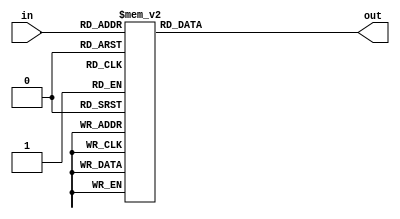
`timescale 1ns / 1ps
//////////////////////////////////////////////////////////////////////////////////
// Company: 
// Engineer: 
// 
// Design Name: 
// Module Name: mul2_lut
// Project Name: 
// Target Devices: 
// Tool Versions: 
// Description: 
// 
// Dependencies: 
// 
// Revision:
// Revision 0.01 - File Created
// Additional Comments:
// 
//////////////////////////////////////////////////////////////////////////////////

`timescale 1ns / 1ps

module mul3_lut(in,out);
    
input  [7:0] in;
output [7:0] out;
    
reg [7:0] out;
    
    
   always @(in)
    case (in)
        8'h0: out=8'h0;
        8'h1: out=8'h3;
        8'h2: out=8'h6;
        8'h3: out=8'h5;
        8'h4: out=8'h0c;
        8'h5: out=8'h0f;
        8'h6: out=8'h0a;
        8'h7: out=8'h9;
        8'h8: out=8'h18;
        8'h9: out=8'h1b;
        8'hA: out=8'h1e;
        8'hB: out=8'h1d;
        8'hC: out=8'h14;
        8'hD: out=8'h17;
        8'hE: out=8'h12;
        8'hF: out=8'h11;
        8'h10: out=8'h30;
        8'h11: out=8'h33;
        8'h12: out=8'h36;
        8'h13: out=8'h35;
        8'h14: out=8'h3c;
        8'h15: out=8'h3f;
        8'h16: out=8'h3a;
        8'h17: out=8'h39;
        8'h18: out=8'h28;
        8'h19: out=8'h2b;
        8'h1A: out=8'h2e;
        8'h1B: out=8'h2d;
        8'h1C: out=8'h24;
        8'h1D: out=8'h27;
        8'h1E: out=8'h22;
        8'h1F: out=8'h21;
        8'h20: out=8'h60;
        8'h21: out=8'h63;
        8'h22: out=8'h66;
        8'h23: out=8'h65;
        8'h24: out=8'h6c;
        8'h25: out=8'h6f;
        8'h26: out=8'h6a;
        8'h27: out=8'h69;
        8'h28: out=8'h78;
        8'h29: out=8'h7b;
        8'h2A: out=8'h7e;
        8'h2B: out=8'h7d;
        8'h2C: out=8'h74;
        8'h2D: out=8'h77;
        8'h2E: out=8'h72;
        8'h2F: out=8'h71;
        8'h30: out=8'h50;
        8'h31: out=8'h53;
        8'h32: out=8'h56;
        8'h33: out=8'h55;
        8'h34: out=8'h5c;
        8'h35: out=8'h5f;
        8'h36: out=8'h5a;
        8'h37: out=8'h59;
        8'h38: out=8'h48;
        8'h39: out=8'h4b;
        8'h3A: out=8'h4e;
        8'h3B: out=8'h4d;
        8'h3C: out=8'h44;
        8'h3D: out=8'h47;
        8'h3E: out=8'h42;
        8'h3F: out=8'h41;
        8'h40: out=8'hc0;
        8'h41: out=8'hc3;
        8'h42: out=8'hc6;
        8'h43: out=8'hc5;
        8'h44: out=8'hcc;
        8'h45: out=8'hcf;
        8'h46: out=8'hca;
        8'h47: out=8'hc9;
        8'h48: out=8'hd8;
        8'h49: out=8'hdb;
        8'h4A: out=8'hde;
        8'h4B: out=8'hdd;
        8'h4C: out=8'hd4;
        8'h4D: out=8'hd7;
        8'h4E: out=8'hd2;
        8'h4F: out=8'hd1;
        8'h50: out=8'hf0;
        8'h51: out=8'hf3;
        8'h52: out=8'hf6;
        8'h53: out=8'hf5;
        8'h54: out=8'hfc;
        8'h55: out=8'hff;
        8'h56: out=8'hfa;
        8'h57: out=8'hf9;
        8'h58: out=8'he8;
        8'h59: out=8'heb;
        8'h5A: out=8'hee;
        8'h5B: out=8'hed;
        8'h5C: out=8'he4;
        8'h5D: out=8'he7;
        8'h5E: out=8'he2;
        8'h5F: out=8'he1;
        8'h60: out=8'ha0;
        8'h61: out=8'ha3;
        8'h62: out=8'ha6;
        8'h63: out=8'ha5;
        8'h64: out=8'hac;
        8'h65: out=8'haf;
        8'h66: out=8'haa;
        8'h67: out=8'ha9;
        8'h68: out=8'hb8;
        8'h69: out=8'hbb;
        8'h6A: out=8'hbe;
        8'h6B: out=8'hbd;
        8'h6C: out=8'hb4;
        8'h6D: out=8'hb7;
        8'h6E: out=8'hb2;
        8'h6F: out=8'hb1;
        8'h70: out=8'h90;
        8'h71: out=8'h93;
        8'h72: out=8'h96;
        8'h73: out=8'h95;
        8'h74: out=8'h9c;
        8'h75: out=8'h9f;
        8'h76: out=8'h9a;
        8'h77: out=8'h99;
        8'h78: out=8'h88;
        8'h79: out=8'h8b;
        8'h7A: out=8'h8e;
        8'h7B: out=8'h8d;
        8'h7C: out=8'h84;
        8'h7D: out=8'h87;
        8'h7E: out=8'h82;
        8'h7F: out=8'h81;
        8'h80: out=8'h9b;
        8'h81: out=8'h98;
        8'h82: out=8'h9d;
        8'h83: out=8'h9e;
        8'h84: out=8'h97;
        8'h85: out=8'h94;
        8'h86: out=8'h91;
        8'h87: out=8'h92;
        8'h88: out=8'h83;
        8'h89: out=8'h80;
        8'h8A: out=8'h85;
        8'h8B: out=8'h86;
        8'h8C: out=8'h8f;
        8'h8D: out=8'h8c;
        8'h8E: out=8'h89;
        8'h8F: out=8'h8a;
        8'h90: out=8'hab;
        8'h91: out=8'ha8;
        8'h92: out=8'had;
        8'h93: out=8'hae;
        8'h94: out=8'ha7;
        8'h95: out=8'ha4;
        8'h96: out=8'ha1;
        8'h97: out=8'ha2;
        8'h98: out=8'hb3;
        8'h99: out=8'hb0;
        8'h9A: out=8'hb5;
        8'h9B: out=8'hb6;
        8'h9C: out=8'hbf;
        8'h9D: out=8'hbc;
        8'h9E: out=8'hb9;
        8'h9F: out=8'hba;
        8'hA0: out=8'hfb;
        8'hA1: out=8'hf8;
        8'hA2: out=8'hfd;
        8'hA3: out=8'hfe;
        8'hA4: out=8'hf7;
        8'hA5: out=8'hf4;
        8'hA6: out=8'hf1;
        8'hA7: out=8'hf2;
        8'hA8: out=8'he3;
        8'hA9: out=8'he0;
        8'hAA: out=8'he5;
        8'hAB: out=8'he6;
        8'hAC: out=8'hef;
        8'hAD: out=8'hec;
        8'hAE: out=8'he9;
        8'hAF: out=8'hea;
        8'hB0: out=8'hcb;
        8'hB1: out=8'hc8;
        8'hB2: out=8'hcd;
        8'hB3: out=8'hce;
        8'hB4: out=8'hc7;
        8'hB5: out=8'hc4;
        8'hB6: out=8'hc1;
        8'hB7: out=8'hc2;
        8'hB8: out=8'hd3;
        8'hB9: out=8'hd0;
        8'hBA: out=8'hd5;
        8'hBB: out=8'hd6;
        8'hBC: out=8'hdf;
        8'hBD: out=8'hdc;
        8'hBE: out=8'hd9;
        8'hBF: out=8'hda;
        8'hC0: out=8'h5b;
        8'hC1: out=8'h58;
        8'hC2: out=8'h5d;
        8'hC3: out=8'h5e;
        8'hC4: out=8'h57;
        8'hC5: out=8'h54;
        8'hC6: out=8'h51;
        8'hC7: out=8'h52;
        8'hC8: out=8'h43;
        8'hC9: out=8'h40;
        8'hCA: out=8'h45;
        8'hCB: out=8'h46;
        8'hCC: out=8'h4f;
        8'hCD: out=8'h4c;
        8'hCE: out=8'h49;
        8'hCF: out=8'h4a;
        8'hD0: out=8'h6b;
        8'hD1: out=8'h68;
        8'hD2: out=8'h6d;
        8'hD3: out=8'h6e;
        8'hD4: out=8'h67;
        8'hD5: out=8'h64;
        8'hD6: out=8'h61;
        8'hD7: out=8'h62;
        8'hD8: out=8'h73;
        8'hD9: out=8'h70;
        8'hDA: out=8'h75;
        8'hDB: out=8'h76;
        8'hDC: out=8'h7f;
        8'hDD: out=8'h7c;
        8'hDE: out=8'h79;
        8'hDF: out=8'h7a;
        8'hE0: out=8'h3b;
        8'hE1: out=8'h38;
        8'hE2: out=8'h3d;
        8'hE3: out=8'h3e;
        8'hE4: out=8'h37;
        8'hE5: out=8'h34;
        8'hE6: out=8'h31;
        8'hE7: out=8'h32;
        8'hE8: out=8'h23;
        8'hE9: out=8'h20;
        8'hEA: out=8'h25;
        8'hEB: out=8'h26;
        8'hEC: out=8'h2f;
        8'hED: out=8'h2c;
        8'hEE: out=8'h29;
        8'hEF: out=8'h2a;
        8'hF0: out=8'h0b;
        8'hF1: out=8'h8;
        8'hF2: out=8'h0d;
        8'hF3: out=8'h0e;
        8'hF4: out=8'h7;
        8'hF5: out=8'h4;
        8'hF6: out=8'h1;
        8'hF7: out=8'h2;
        8'hF8: out=8'h13;
        8'hF9: out=8'h10;
        8'hFA: out=8'h15;
        8'hFB: out=8'h16;
        8'hFC: out=8'h1f;
        8'hFD: out=8'h1c;
        8'hFE: out=8'h19;
        8'hFF: out=8'h1a;




	endcase

endmodule